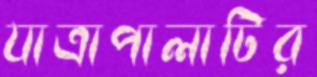
যাত্রাপালাটির